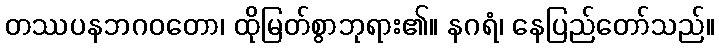
တဿပနဘဂဝတော၊ ထိုမြတ်စွာဘုရား၏။ နဂရံ၊ နေပြည်တော်သည်။